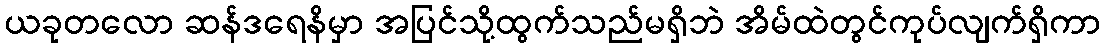
ယခုတလော ဆန်ဒရေနိမှာ အပြင်သို့ထွက်သည်မရှိဘဲ အိမ်ထဲတွင်ကုပ်လျက်ရှိကာ